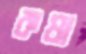
কষা